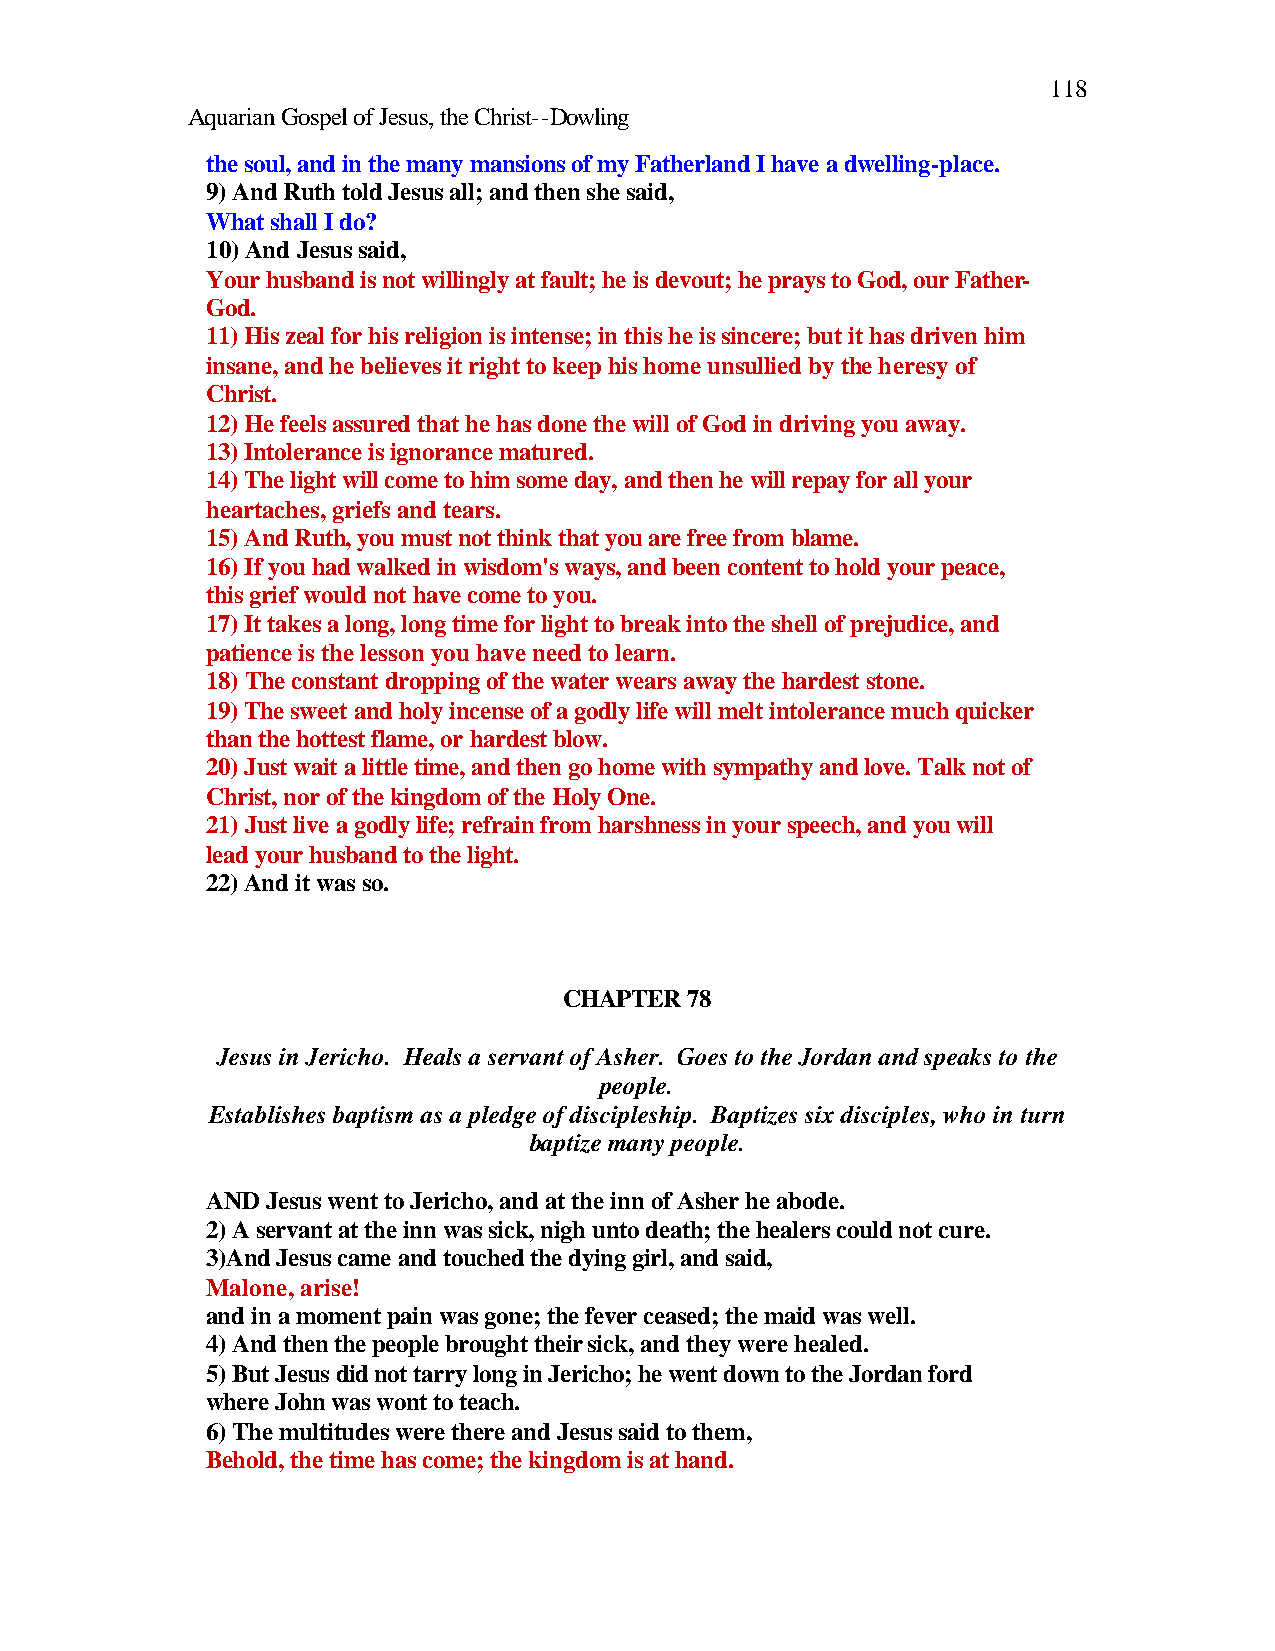
118
 Aquarian Gospel of Jesus, the Christ--Dowling
 the soul, and in the many mansions of my Fatherland I have a dwelling-place.
 9) And Ruth told Jesus all; and then she said,
 What shall I do?
 10) And Jesus said,
 Your husband is not willingly at fault; he is devout; he prays to God, our Father-
 God.
 11) His zeal for his religion is intense; in this he is sincere; but it has driven him
 insane, and he believes it right to keep his home unsullied by the heresy of
 Christ.
 12) He feels assured that he has done the will of God in driving you away.
 13) Intolerance is ignorance matured.
 14) The light will come to him some day, and then he will repay for all your
 heartaches, griefs and tears.
 15) And Ruth, you must not think that you are free from blame.
 16) If you had walked in wisdom's ways, and been content to hold your peace,
 this grief would not have come to you.
 17) It takes a long, long time for light to break into the shell of prejudice, and
 patience is the lesson you have need to learn.
 18) The constant dropping of the water wears away the hardest stone.
 19) The sweet and holy incense of a godly life will melt intolerance much quicker
 than the hottest flame, or hardest blow.
 20) Just wait a little time, and then go home with sympathy and love. Talk not of
 Christ, nor of the kingdom of the Holy One.
 21) Just live a godly life; refrain from harshness in your speech, and you will
 lead your husband to the light.
 22) And it was so.
 CHAPTER 78
 Jesus in Jericho. Heals a servant of Asher. Goes to the Jordan and speaks to the
 people.
 Establishes baptism as a pledge of discipleship. Baptizes six disciples, who in turn
 baptize many people.
 AND Jesus went to Jericho, and at the inn of Asher he abode.
 2) A servant at the inn was sick, nigh unto death; the healers could not cure.
 3)And Jesus came and touched the dying girl, and said,
 Malone, arise!
 and in a moment pain was gone; the fever ceased; the maid was well.
 4) And then the people brought their sick, and they were healed.
 5) But Jesus did not tarry long in Jericho; he went down to the Jordan ford
 where John was wont to teach.
 6) The multitudes were there and Jesus said to them,
 Behold, the time has come; the kingdom is at hand.